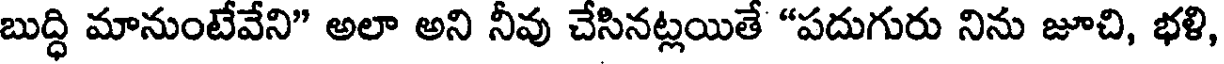
బుద్ధి మానుంటేవేని" అలా అని నీవు చేసినట్లయితే "పదుగురు నిను జూచి, భళి,